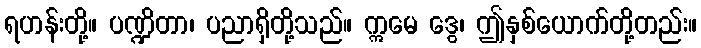
ရဟန်းတို့။ ပဏ္ဍိတာ၊ ပညာရှိတို့သည်။ ဣမေ ဒွေ၊ ဤနှစ်ယောက်တို့တည်း။